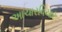
આચારવિચાર